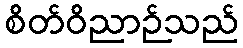
စိတ်ဝိညာဉ်သည်